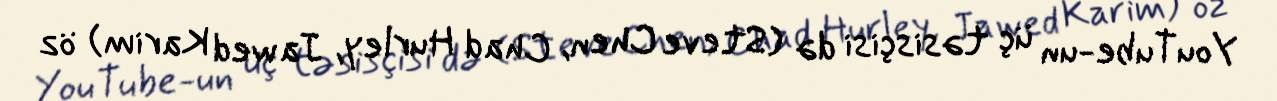
YouTube-un üç təsisçisi də (Steve Chen, Chad Hurley, Jawed Karim) öz